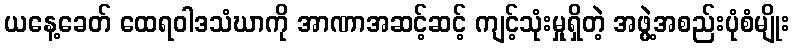
ယနေ့ခေတ် ထေရဝါဒသံဃာကို အာဏာအဆင့်ဆင့် ကျင့်သုံးမှုရှိတဲ့ အဖွဲ့အစည်းပုံစံမျိုး